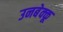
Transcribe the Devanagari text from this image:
उनबेक्कू